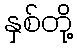
နှစ်တို့